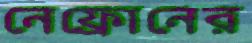
নেফ্রোনের